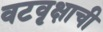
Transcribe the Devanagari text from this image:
वटवृक्षाची